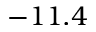
- 1 1 . 4